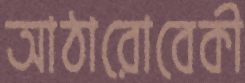
আঠারোবেকী